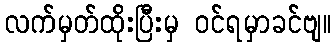
လက်မှတ်ထိုးပြီးမှ ဝင်ရမှာခင်ဗျ။